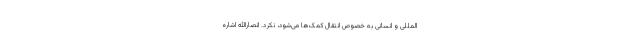
المللی و انسانی به خصوص انتقال کمک‌ها می‌شود، نکرد. انصارالله اشاره